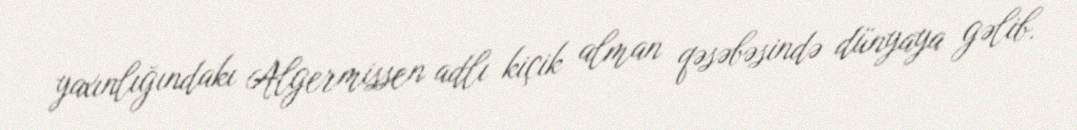
yaxınlığındakı Algermissen adlı kiçik alman qəsəbəsində dünyaya gəlib.